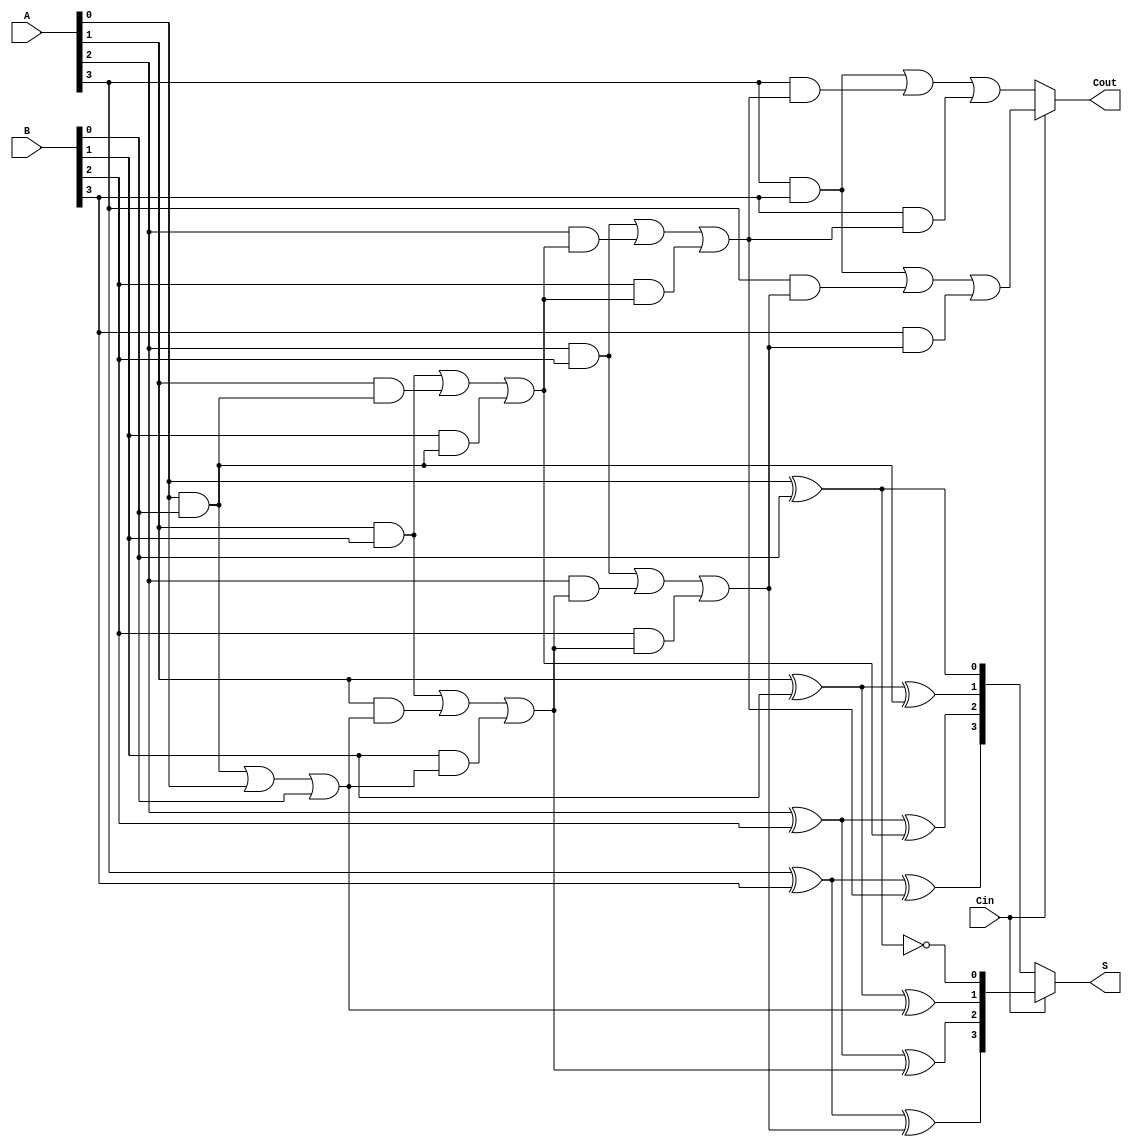
module conditional_sum_adder #(parameter N = 4) (
    input  wire [N-1:0] A,     // First n-bit input
    input  wire [N-1:0] B,     // Second n-bit input
    input  wire Cin,            // Carry-in
    output wire [N-1:0] S,      // n-bit sum output
    output wire Cout            // Carry-out
);

    wire [N-1:0] S0;           // Sum assuming Cin = 0
    wire [N-1:0] S1;           // Sum assuming Cin = 1
    wire [N-1:0] C0;           // Carry-out assuming Cin = 0
    wire [N-1:0] C1;           // Carry-out assuming Cin = 1

    // Full adder logic for each bit
    genvar i;
    generate
        for (i = 0; i < N; i = i + 1) begin : full_adder
            if (i == 0) begin
                // For the least significant bit, Cin is directly used
                assign S0[i] = A[i] ^ B[i] ^ 0;
                assign S1[i] = A[i] ^ B[i] ^ 1;
                assign C0[i] = (A[i] & B[i]) | (A[i] & 0) | (B[i] & 0);
                assign C1[i] = (A[i] & B[i]) | (A[i] & 1) | (B[i] & 1);
            end else begin
                // For other bits, use carry from previous bit
                assign S0[i] = A[i] ^ B[i] ^ C0[i-1];
                assign S1[i] = A[i] ^ B[i] ^ C1[i-1];
                assign C0[i] = (A[i] & B[i]) | (A[i] & C0[i-1]) | (B[i] & C0[i-1]);
                assign C1[i] = (A[i] & B[i]) | (A[i] & C1[i-1]) | (B[i] & C1[i-1]);
            end
        end
    endgenerate

    // Mux to select final sum and carry-out based on Cin
    assign S = (Cin) ? S1 : S0;
    assign Cout = (Cin) ? C1[N-1] : C0[N-1];

endmodule